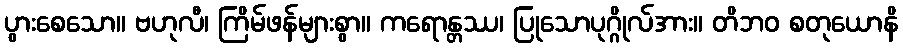
ပွားစေသော။ ဗဟုလီ၊ ကြိမ်ဖန်များစွာ။ ကရောန္တဿ၊ ပြုသောပုဂ္ဂိုလ်အား။ တိဘဝ စတုယောနိ